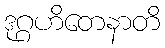
ဒုဂ္ဂဟိတေနာတိ